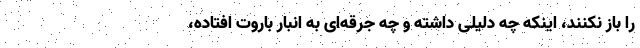
را باز نکنند، اینکه چه دلیلی داشته و چه جرقه‌ای به انبار باروت افتاده،